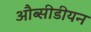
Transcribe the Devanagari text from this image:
औब्सीडीयन